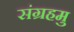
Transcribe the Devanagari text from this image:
संग्रहमु